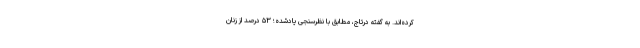
کرده‌اند. به گفته درتاج، مطابق با نظرسنجی یادشده؛ ۵۳ درصد از زنان